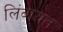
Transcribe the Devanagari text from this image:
लिंबायत